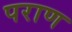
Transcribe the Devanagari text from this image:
पराण